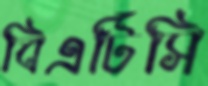
বিএটিসি